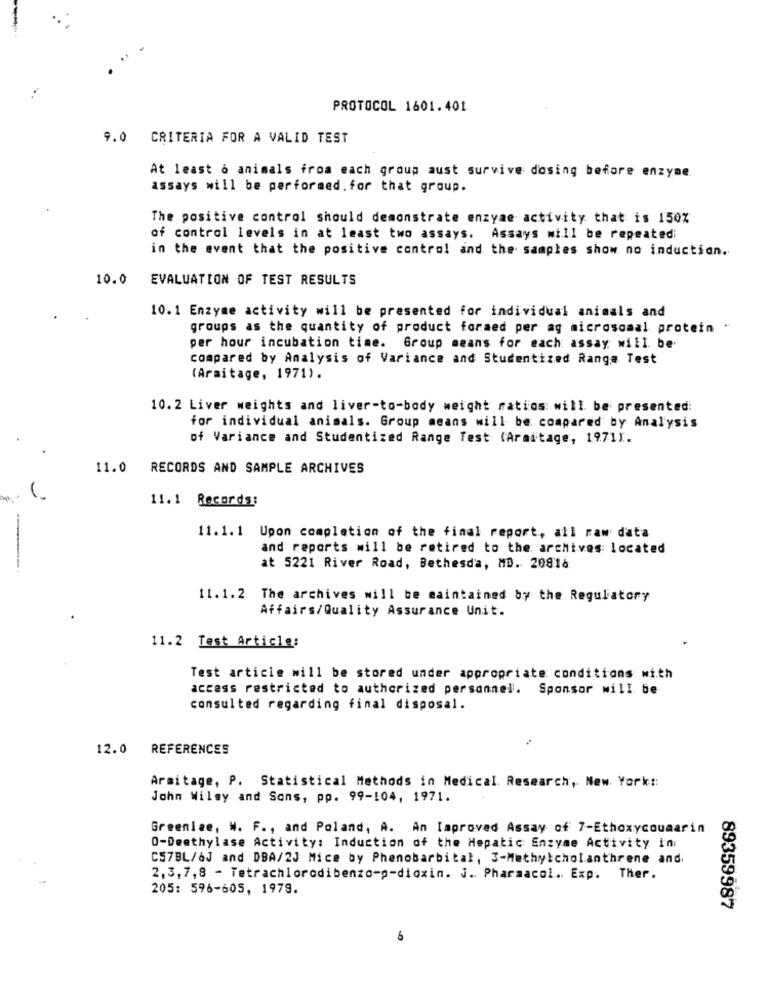
PROTOCOL 1601.401
9.0 CRITERIA FOR A VALID TEST
At least o animals from each group aust survive dosing before enzyme
assays will be performed.for that group.
The positive control should demonstrate enzyme activity that is 150%
of control levels in at least two assays. Assays will be repeatedi
in the event that the positive control and the samples show no induction.
10.0
EVALUATION OF TEST RESULTS
10.1 Enzyme activity will be presented for individual animals and
groups as the quantity of product formed per ag microsomal protein -
per hour incubation time. Group means for each assay will be.
compared by Analysis of Variance and Studentized Ranga Test
(Araitage, 1971).
10.2 Liver weights and liver-to-body weight ratios: will be presented:
for individual animals. Group means will be compared by Analysis
of Variance and Studentized Range Test (Armitage, 19711.
11.0
RECORDS AND SAMPLE ARCHIVES
11.1 Records:
11.1.1 Upon completion of the final report, all raw data
and reports will be retired to the archives: located
at 5221 River Road, Bethesda, MD. 20816
11.1.2 The archives will be maintained by the Regulatory
Affairs/Quality Assurance Unit.
11.2 Test Article:
Test article will be stored under appropriate conditions with
access restricted to authorized personnel. Sponsor will be
consulted regarding final disposal.
12.0 REFERENCES
Armitage, P. Statistical Methods in Medical Research, New York ::
John Wiley and Sons, pp. 99-104, 1971.
Greenlee, W. F ., and Poland, A. An Improved Assay of 7-Ethoxycoumarin
O-Deethylase Activity: Induction of the Hepatic Enzyme Activity in
C57BL/6J and DBA/2J Mice by Phenobarbital, 3-Methylcholanthrene and.
2,3,7,8 - Tetrachlorodibenzo-p-dioxin. j. Pharmacol .. Exp. Ther.
205: 596-605, 1979.
89359987